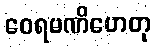
ဝေရမဏိဟေတု